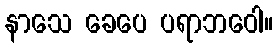
နာသေ ခေပေ ပရာဘဝေါ။